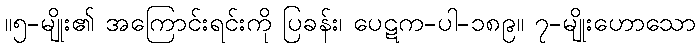
။၅-မျိုး၏ အကြောင်းရင်းကို ပြခန်း၊ ပေဋက-ပါ-၁၈၉။ ၇-မျိုးဟောသော